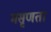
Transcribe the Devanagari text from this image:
मसृणता